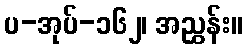
ပ-အုပ်-၁၆၂၊ အညွှန်း။